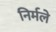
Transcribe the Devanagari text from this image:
निर्मले